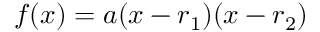
f ( x ) = a ( x - r _ { 1 } ) ( x - r _ { 2 } ) \,